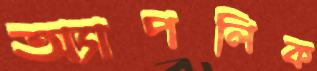
অ্যাপলিক